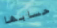
حسابها